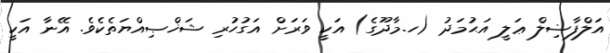
އަލްފާޟިލް ޢަލީ އަޙުމަދު (ހ.މާދޫގެ) އަކީ ވަރަށް އަގުހުރި ޝަޚްޞިއްޔަތެކެވެ. އޭނާ އަކީ